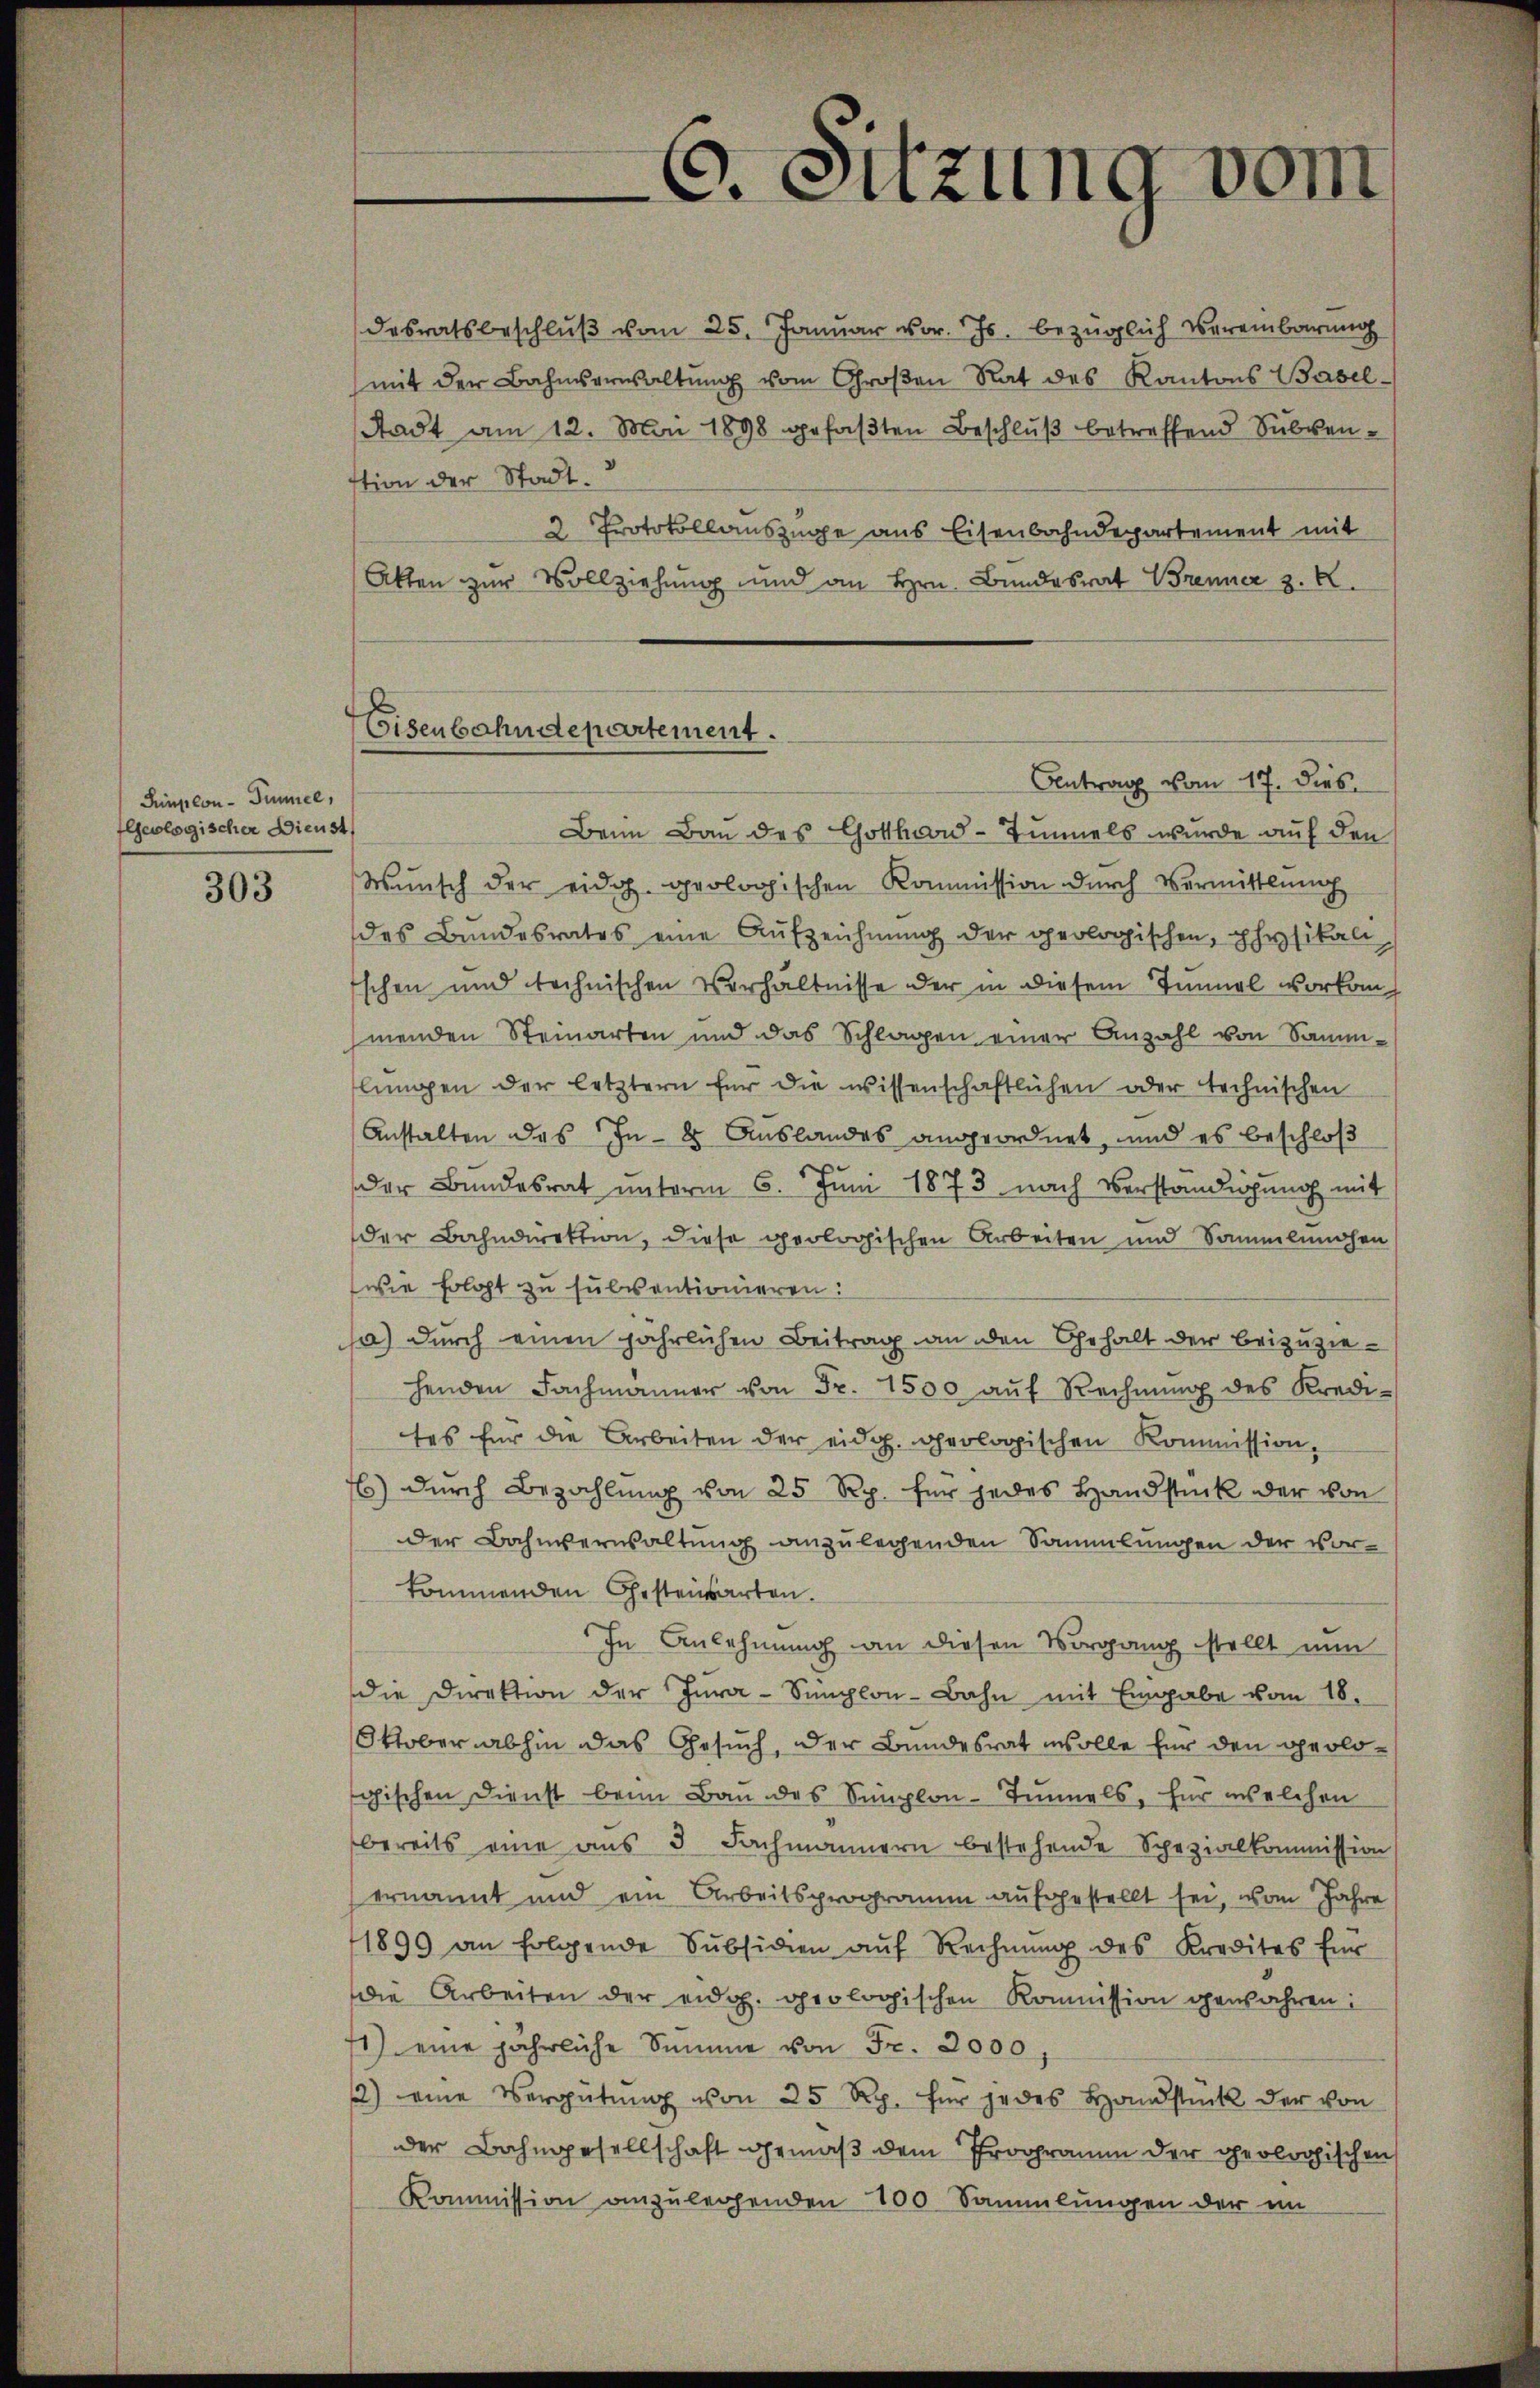
Simplon - Simmel,
leologischer Dienst

303

C. Sitzung vom

desratsbeschlŭβ vom 25. Januar vor. Js. bezüglich vereinbarung
mit der Bahmserwaltŭng vom Großen Rat des Kantons Basel-
Stadt am 12. Mai 1898 gefaßten Beschluß betreffend Subven¬
2. Protokollauszüge aus Eisenbahndepartement mit

Eisenbahndepartement.
Antrag vom 17. dies

stion der Stadt.
Akten zur Vollziehung und an Hrn. Bundesrat Brenner z. B.
Beim Bau des Gotthard-Tunnels wurde auf den
Wŭnsch der eidg. geologischen Kommission dŭrch Vermittlung
des Bundesrates eine Aufzeichnung der geologischen, physikali
sschen und technischen Verhältnisse der in diesem Innel vorkomp
menden Steinarten und das Splügen einer Anzahl von Sammlŭngen der letztern für die wissenschaftlichen oder technischen
Anstalten des In- & Auslandes angeordnet, und es beschloß
der Bundesrat ŭnterm 6. Jŭni 1873 nach Verständigung mit
der Bahndirektion, diese geologischen Arbeiten und Sammlungen
wie folgt zu subventionieren:
a) durch einen jährlichen Beitrag an den Gehalt der Beizuziehenden Fachmänner von Fr. 1500 aŭf Rechnŭng des Kredi-
tes für die Arbeiten der eidg. geologischen Kommission,
) durch Bezahlung von 25 Rp. für jedes Handstück der von
der Bahnverwaltung anzulegenden Sammlungen der vorkommenden Gestensarten.
In Anlehnung an diesen Vorgang stellt nun
die Direktion der Jura-Simplon-Bahn mit Eingabe vom 18.
Oktober abhin das Gesuch, der Bundesrat isolle für den geologischen Dienst beim Bau des Simplon-Tunnels, für welchen
bereits eine aus 5 Fachmännern bestehende Spezialkommission
ernannt und ein Arbeitsprogramm aufgestellt sei, vom Jahre
1899 an folgende Subsidien aŭf Rechnŭng des Kredites für
die Arbeiten der eidg. geologischen Kommission gewähren:
1) eine jährliche Summe von Fr. 2000
2) eine Vergütŭng von 25 Rp. für jedes Handstück der von
der Bahngesellschaft gemäß dem Programm der geologischen
Kommission anzulegenden 100 Sammlungen der im